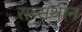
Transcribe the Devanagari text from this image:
सन्सथान